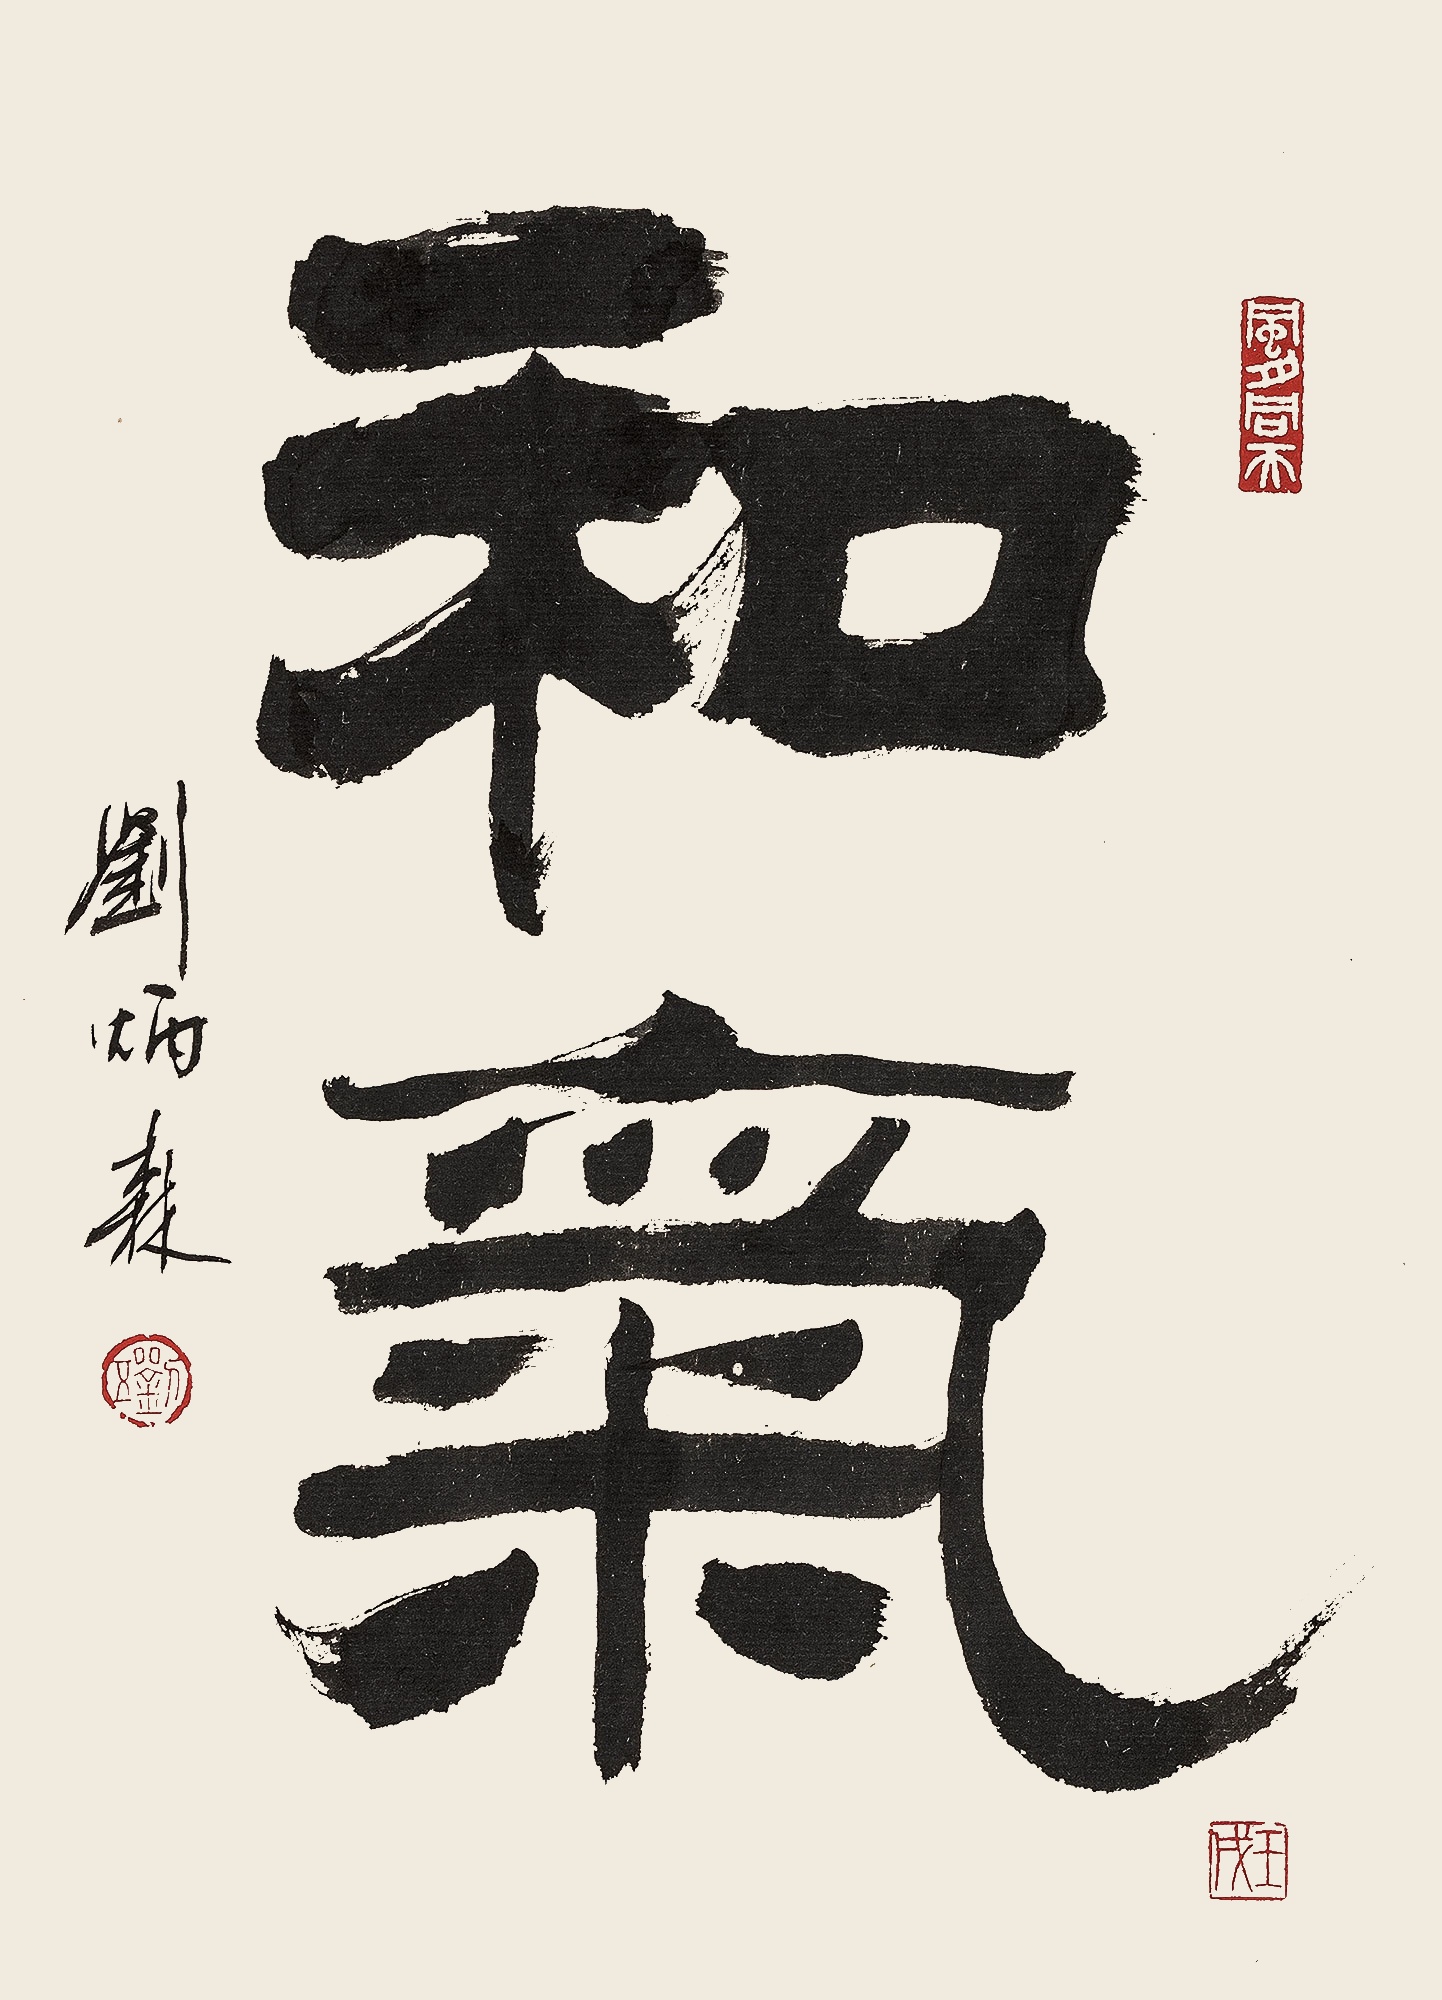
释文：和气刘炳森。